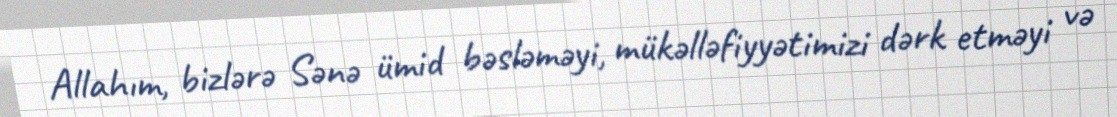
Allahım, bizlərə Sənə ümid bəsləməyi, mükəlləfiyyətimizi dərk etməyi və